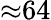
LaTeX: {\approx}64